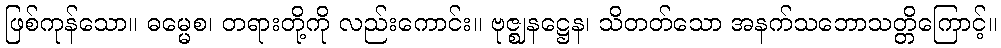
ဖြစ်ကုန်သော။ ဓမ္မေစ၊ တရားတို့ကို လည်းကောင်း။ ဗုဇ္ဈနဋ္ဌေန၊ သိတတ်သော အနက်သဘောသတ္တိကြောင့်။